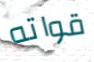
قواته